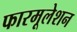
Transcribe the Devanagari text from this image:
फारमूलेशन